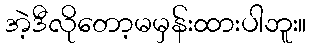
အဲ့ဒီလိုတော့မမှန်းထားပါဘူး။